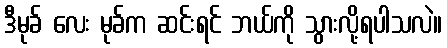
ဒီမုခ် လေး မုခ်က ဆင်းရင် ဘယ်ကို သွားလို့ရပါသလဲ။